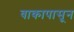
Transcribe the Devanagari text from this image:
वाकापासून